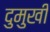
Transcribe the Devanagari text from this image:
दुमुखी